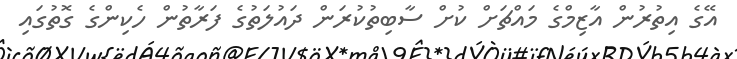
އޭގެ އިތުރުން އާޒިމްގެ މައްޗަށް ކުށް ސާބިތުކުރަން ދައުލަތުގެ ފަރާތުން ހެކިންގެ ގޮތުގައި